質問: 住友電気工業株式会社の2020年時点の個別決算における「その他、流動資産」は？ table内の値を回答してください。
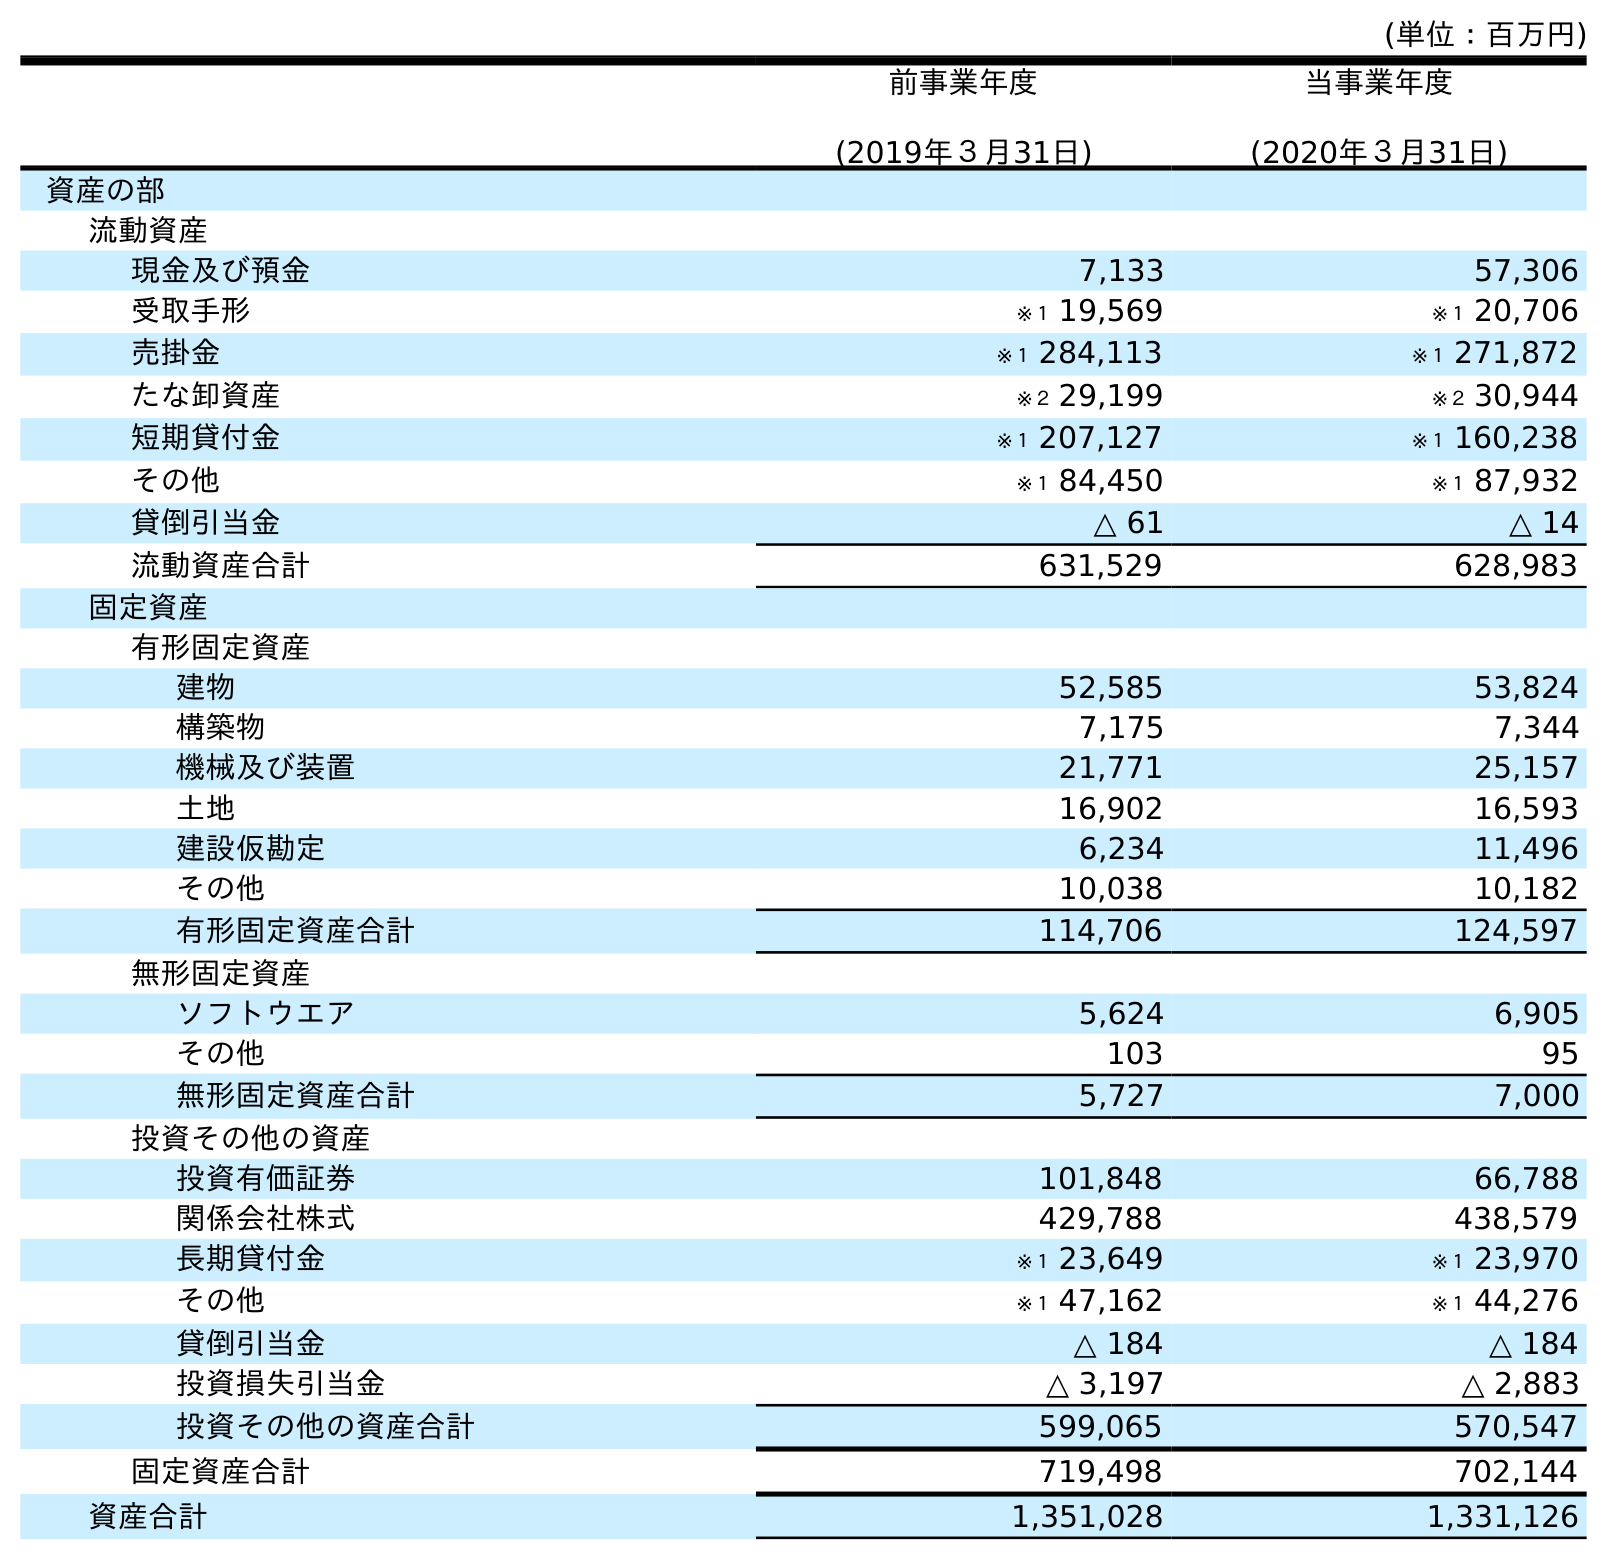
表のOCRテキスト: (単位：百万円) 前事業年度 (2019年３月31日) 当事業年度 (2020年３月31日) 資産の部 流動資産 現金及び預金 7,133 57,306 受取手形 ※１ 19,569 ※１ 20,706 売掛金 ※１ 284,113 ※１ 271,872 たな卸資産 ※２ 29,199 ※２ 30,944 短期貸付金 ※１ 207,127 ※１ 160,238 その他 ※１ 84,450 ※１ 87,932 貸倒引当金 △ 61 △ 14 流動資産合計 631,529 628,983 固定資産 有形固定資産 建物 52,585 53,824 構築物 7,175 7,344 機械及び装置 21,771 25,157 土地 16,902 16,593 建設仮勘定 6,234 11,496 その他 10,038 10,182 有形固定資産合計 114,706 124,597 無形固定資産 ソフトウエア 5,624 6,905 その他 103 95 無形固定資産合計 5,727 7,000 投資その他の資産 投資有価証券 101,848 66,788 関係会社株式 429,788 438,579 長期貸付金 ※１ 23,649 ※１ 23,970 その他 ※１ 47,162 ※１ 44,276 貸倒引当金 △ 184 △ 184 投資損失引当金 △ 3,197 △ 2,883 投資その他の資産合計 599,065 570,547 固定資産合計 719,498 702,144 資産合計 1,351,028 1,331,126
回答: ※１87,932